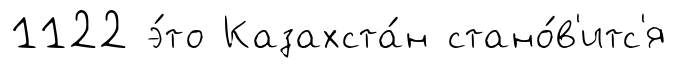
1122 э́то Казахста́н стано́в'итс'я